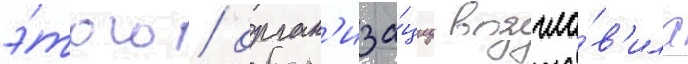
э́того / орган'иза́циу возгла́в'ила